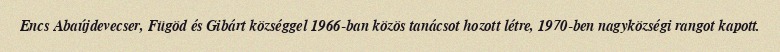
Encs Abaújdevecser, Fügöd és Gibárt községgel 1966-ban közös tanácsot hozott létre, 1970-ben nagyközségi rangot kapott.